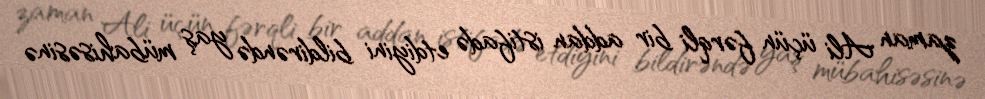
zaman Ali üçün fərqli bir addan istifadə etdiyini bildirəndə yaş mübahisəsinə